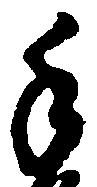
手